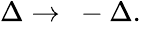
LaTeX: \begin{array}{r}{\Delta\rightarrow\ -\Delta.}\end{array}